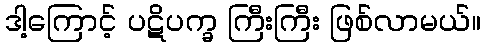
ဒါ့ကြောင့် ပဋိပက္ခ ကြီးကြီး ဖြစ်လာမယ်။